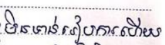
មិនទាន់រៀបការហើយ